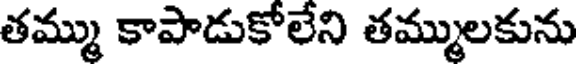
తమ్ము కాపాడుకోలేని తమ్ములకును